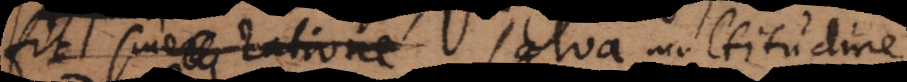
fit sine ratione salva multitudine